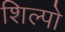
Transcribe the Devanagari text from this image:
शिल्पो